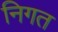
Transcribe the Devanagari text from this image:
निगत